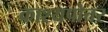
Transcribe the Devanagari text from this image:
काश्यपोत्तर